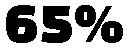
65%